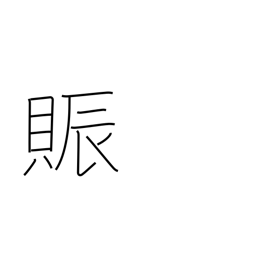
Meaning: flourish